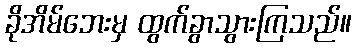
ခိုအိမ်ဘေးမှ ထွက်ခွာသွားကြသည်။